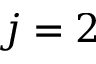
j = 2